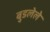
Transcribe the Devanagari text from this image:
बुडलेले